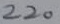
Text: 220